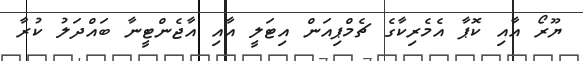
ޔޫރޯ އާއި ކޮޕާ އެމެރިކާގެ ޗެމްޕިއަން އިޓަލީ އާއި އާޖެންޓީނާ ބައްދަލު ކުރާ